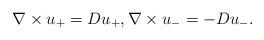
LaTeX: \begin{align*}\nabla\times u_+ = Du_+,\nabla\times u_- = - D u_-.\end{align*}